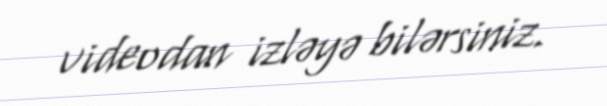
videodan izləyə bilərsiniz.